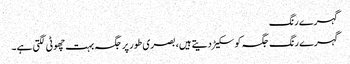
گہرے رنگ
گہرے رنگ جگہ کو سکیڑ دیتے ہیں، بصری طور پر جگہ بہت چھوٹی لگتی ہے۔